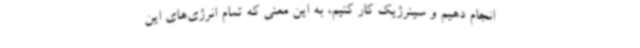
انجام دهیم و سینرژیک کار کنیم، به این معنی که تمام انرژی‌های این